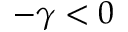
- \gamma < 0